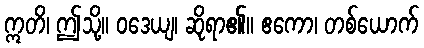
ဣတိ၊ ဤသို့။ ဝဒေယျ၊ ဆိုရာ၏။ ဧကော၊ တစ်ယောက်